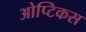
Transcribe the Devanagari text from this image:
ओप्टिकस